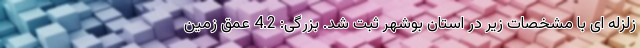
زلزله ای با مشخصات زیر در استان بوشهر ثبت شد. بزرگی: 4.2 عمق زمین